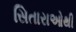
સિતારાઓથી